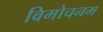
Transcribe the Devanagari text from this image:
विमोचनम